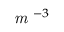
\textit { m } ^ { - 3 }